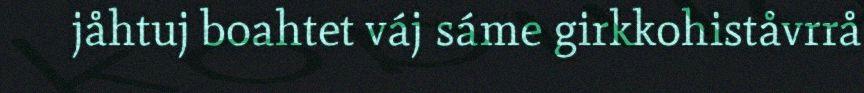
jåhtuj boahtet váj sáme girkkohiståvrrå